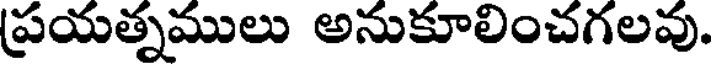
ప్రయత్నములు అనుకూలించగలవు.